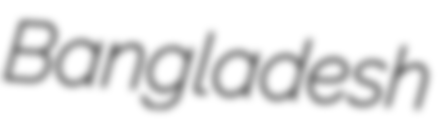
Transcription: Bangladesh